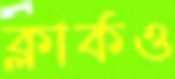
ক্লার্কও